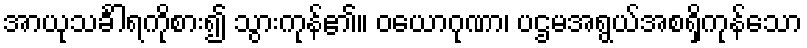
အာယုသင်္ခါရကိုစား၍ သွားကုန်၏။ ဝယောဂုဏာ၊ ပဌမအရွယ်အစရှိကုန်သော